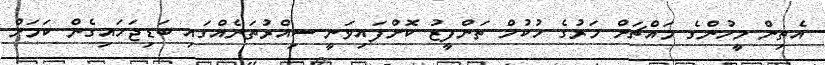
އެތިން މީހުންގެ މައްޗަށް މަރުގެ ހުކުމް ތަންފީޒު ކޮށްފައިވަނީ ސިއްރުތަނެއްގައި ބަޑިޖަހައިގެން ކަމަށް